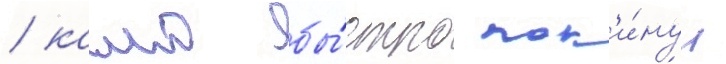
/ камо бы́стро пок'и́нул